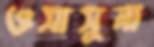
ওসাসুনা